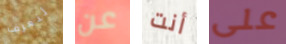
لنعرف عن أنت على